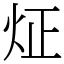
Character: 炡